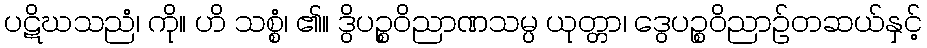
ပဋိဃသညံ၊ ကို။ ဟိ သစ္စံ၊ ၏။ ဒွိပဉ္စဝိညာဏသမ္ပ ယုတ္တာ၊ ဒွေပဉ္စဝိညာဉ်တဆယ်နှင့်